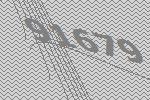
91679